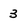
Character: 3